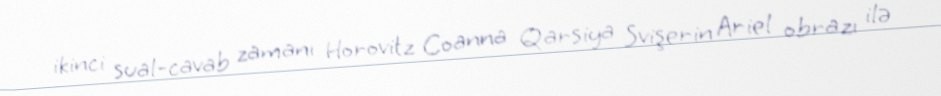
ikinci sual-cavab zamanı Horovitz Coanna Qarsiya Svişerin Ariel obrazı ilə